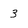
Character: 3